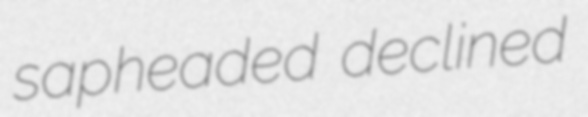
sapheaded declined